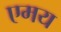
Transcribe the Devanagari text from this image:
एमय